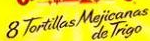

				8 Tortillas Mejicanas